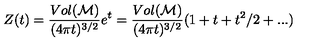
Z ( t ) = \frac { V o l ( { \cal M } ) } { ( 4 \pi t ) ^ { 3 / 2 } } e ^ { t } = \frac { V o l ( { \cal M } ) } { ( 4 \pi t ) ^ { 3 / 2 } } ( 1 + t + t ^ { 2 } / 2 + . . . )